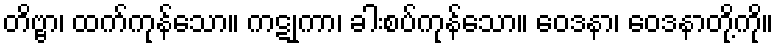
တိဗ္ဗာ၊ ထက်ကုန်သော။ ကဋုကာ၊ ခါးစပ်ကုန်သော။ ဝေဒနာ၊ ဝေဒနာတို့ကို။